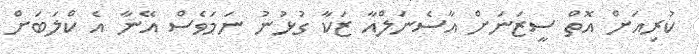
ކުރިއަށް އޮތް ސީޒަނަށް އާސެނަލްއާ ޒަކާ ގުޅުނު ނަމަވެސް އޭނާ އެ ކްލަބަށް